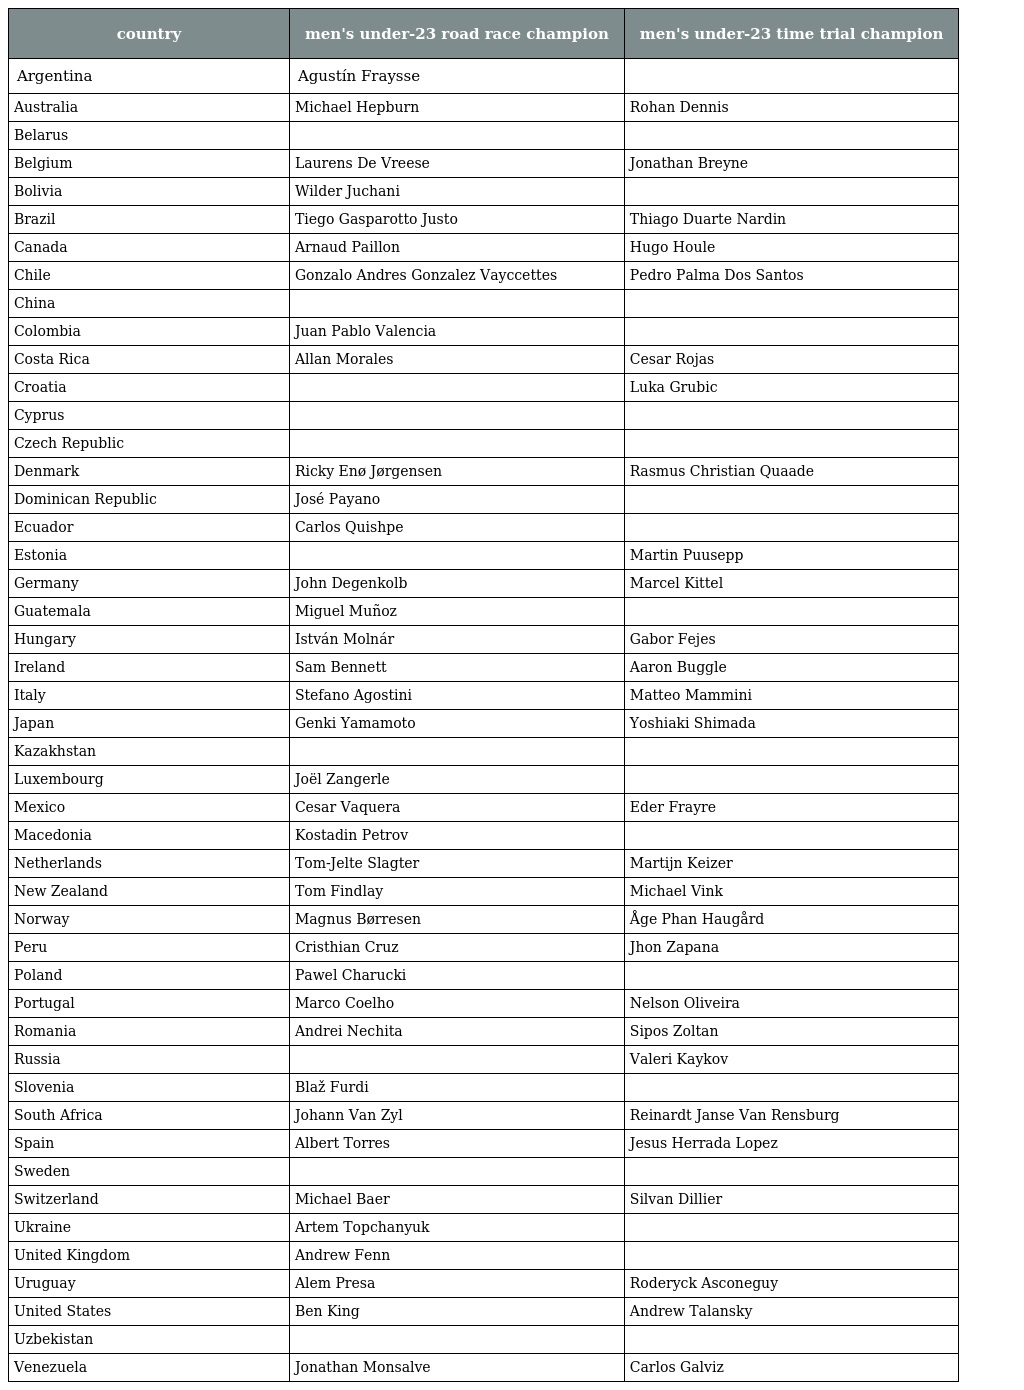
| country | men's under-23 road race champion | men's under-23 time trial champion |
 | --- | --- | --- |
 | Argentina | Agustín Fraysse |  |
 | Australia | Michael Hepburn | Rohan Dennis |
 | Belarus |  |  |
 | Belgium | Laurens De Vreese | Jonathan Breyne |
 | Bolivia | Wilder Juchani |  |
 | Brazil | Tiego Gasparotto Justo | Thiago Duarte Nardin |
 | Canada | Arnaud Paillon | Hugo Houle |
 | Chile | Gonzalo Andres Gonzalez Vayccettes | Pedro Palma Dos Santos |
 | China |  |  |
 | Colombia | Juan Pablo Valencia |  |
 | Costa Rica | Allan Morales | Cesar Rojas |
 | Croatia |  | Luka Grubic |
 | Cyprus |  |  |
 | Czech Republic |  |  |
 | Denmark | Ricky Enø Jørgensen | Rasmus Christian Quaade |
 | Dominican Republic | José Payano |  |
 | Ecuador | Carlos Quishpe |  |
 | Estonia |  | Martin Puusepp |
 | Germany | John Degenkolb | Marcel Kittel |
 | Guatemala | Miguel Muñoz |  |
 | Hungary | István Molnár | Gabor Fejes |
 | Ireland | Sam Bennett | Aaron Buggle |
 | Italy | Stefano Agostini | Matteo Mammini |
 | Japan | Genki Yamamoto | Yoshiaki Shimada |
 | Kazakhstan |  |  |
 | Luxembourg | Joël Zangerle |  |
 | Mexico | Cesar Vaquera | Eder Frayre |
 | Macedonia | Kostadin Petrov |  |
 | Netherlands | Tom-Jelte Slagter | Martijn Keizer |
 | New Zealand | Tom Findlay | Michael Vink |
 | Norway | Magnus Børresen | Åge Phan Haugård |
 | Peru | Cristhian Cruz | Jhon Zapana |
 | Poland | Pawel Charucki |  |
 | Portugal | Marco Coelho | Nelson Oliveira |
 | Romania | Andrei Nechita | Sipos Zoltan |
 | Russia |  | Valeri Kaykov |
 | Slovenia | Blaž Furdi |  |
 | South Africa | Johann Van Zyl | Reinardt Janse Van Rensburg |
 | Spain | Albert Torres | Jesus Herrada Lopez |
 | Sweden |  |  |
 | Switzerland | Michael Baer | Silvan Dillier |
 | Ukraine | Artem Topchanyuk |  |
 | United Kingdom | Andrew Fenn |  |
 | Uruguay | Alem Presa | Roderyck Asconeguy |
 | United States | Ben King | Andrew Talansky |
 | Uzbekistan |  |  |
 | Venezuela | Jonathan Monsalve | Carlos Galviz |